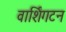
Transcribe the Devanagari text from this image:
वार्शिंगटन